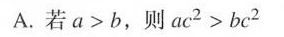
A.若$$a > b$$，则$$a c^{2} > b c^{2}$$